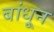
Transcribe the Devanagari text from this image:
बांधू्न